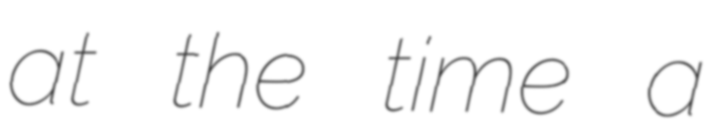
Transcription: at the time a